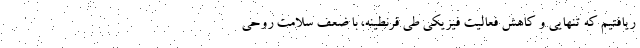
ریافتیم که تنهایی و کاهش فعالیت فیزیکی طی قرنطینه، با ضعف سلامت روحی